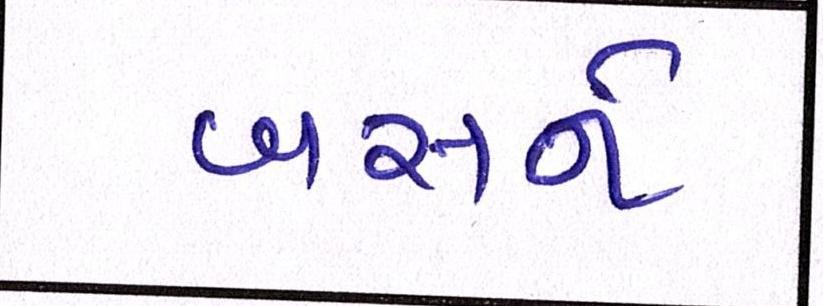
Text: બસને